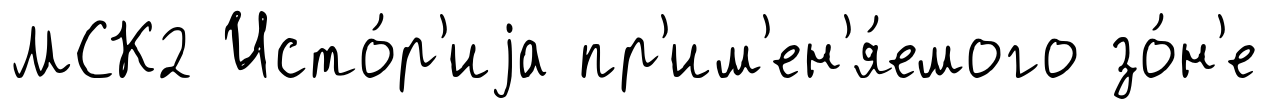
МСК2 Исто́р'иjа пр'им'ен'я́емого зо́н'е